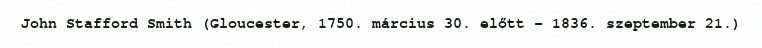
John Stafford Smith (Gloucester, 1750. március 30. előtt – 1836. szeptember 21.)